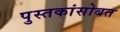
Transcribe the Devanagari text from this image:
पुस्तकांसोबत